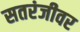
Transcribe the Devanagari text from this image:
सतरंजीवर